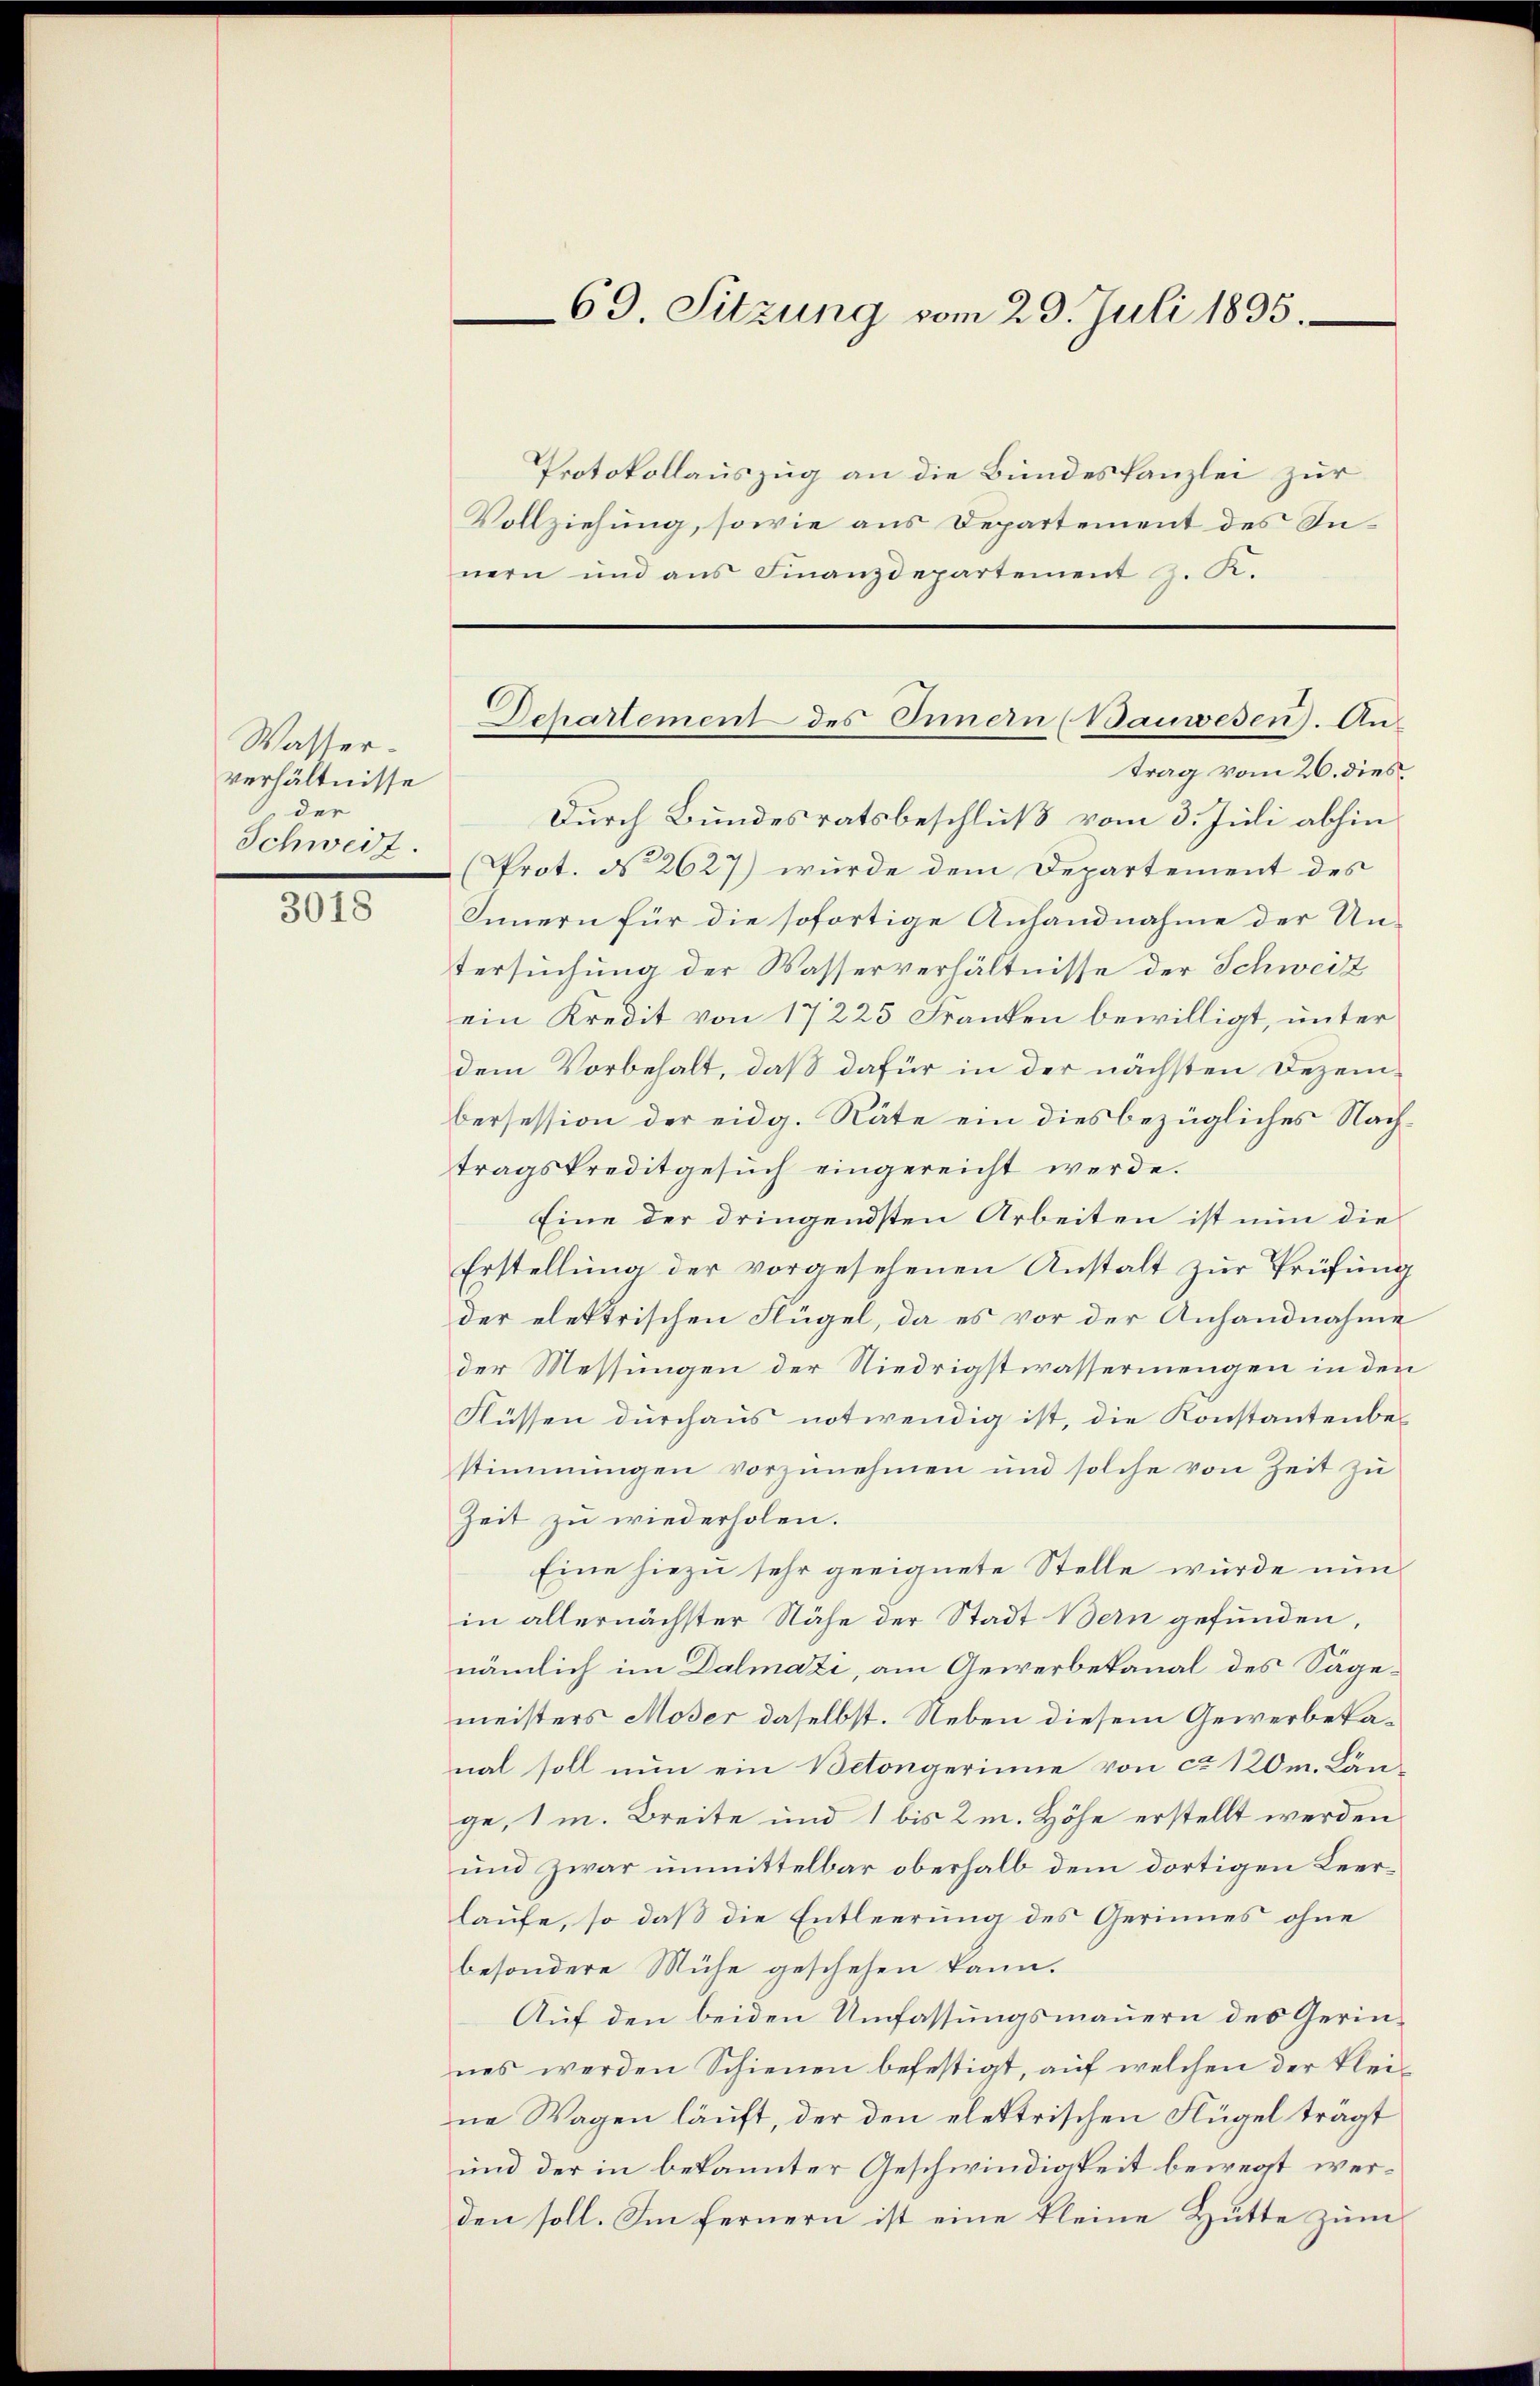
Wasser.
verhältnisse
der
Schweiz.

3018

Protokollauszug an die Bundeskanzlei zur
Vollziehung, sowie aus Departement des Innern und ans Finanzdepartement J. K.

69. Sitzung vom 29. Juli 1835.

trag vom 26. dies
Durch Bundesratsbeschluß vom 3. Juli abhin
(Prot. No 2627) wurde dem Departement des
Innern für die sofortige Anhandnahme der Untersuchung der Wasserverhältnisse der Schweiz
ein Kredit von 17225 Franken bewilligt, unter
dem Vorbehalt, daß dafür in der nächsten Dezembersession der eidg. Räte ein dies bezügliches Nachtragskreditgesuch eingereicht werde.
Eine der dringendsten Arbeiten ist nun die
Erstellung der vorgesehenen Anstalt zur Prüfung
der elektrischen Flügel, da es vor der Anhandnahme
der Messungen der Niedrigstwassermengen in den
Flüssen durchaus notwendig ist, die Konstantenbestimmungen vorzunehmen und solche von Zeit zu
Zeit zu wiederholen.
Eine hiezu sehr geeignete Stelle wurde nun
in allernächster Nähe der Stadt Bern gefunden,
nämlich im Dalmazi, am Gewerbekanal des Sägemeisters Moser daselbst. Neben diesem Gewerbekanal soll nun ein Betongerinne von ca 120m. Länge, 1 m. Breite und 1 bis 2m. Höhe erstellt werden
und zwar unmittelbar oberhalb dem dortigen Leerlaufe, so daß die Entleerung des Gerinnes ohne
besondere Mühe geschehen kann.
Auf den beiden Umfassungsmauern des Gerinnes werden Schienen befestigt, auf welchen der Kleine Wagen läuft, der den elektrischen Flügel trägt
und der in bekannter Geschwindigkeit bewegt werden soll. Im fernern ist eine kleine Hütte zum

Departement des Innern (Bauwesen). An¬